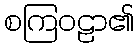
စကြဝဠာ၏